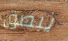
يبصق